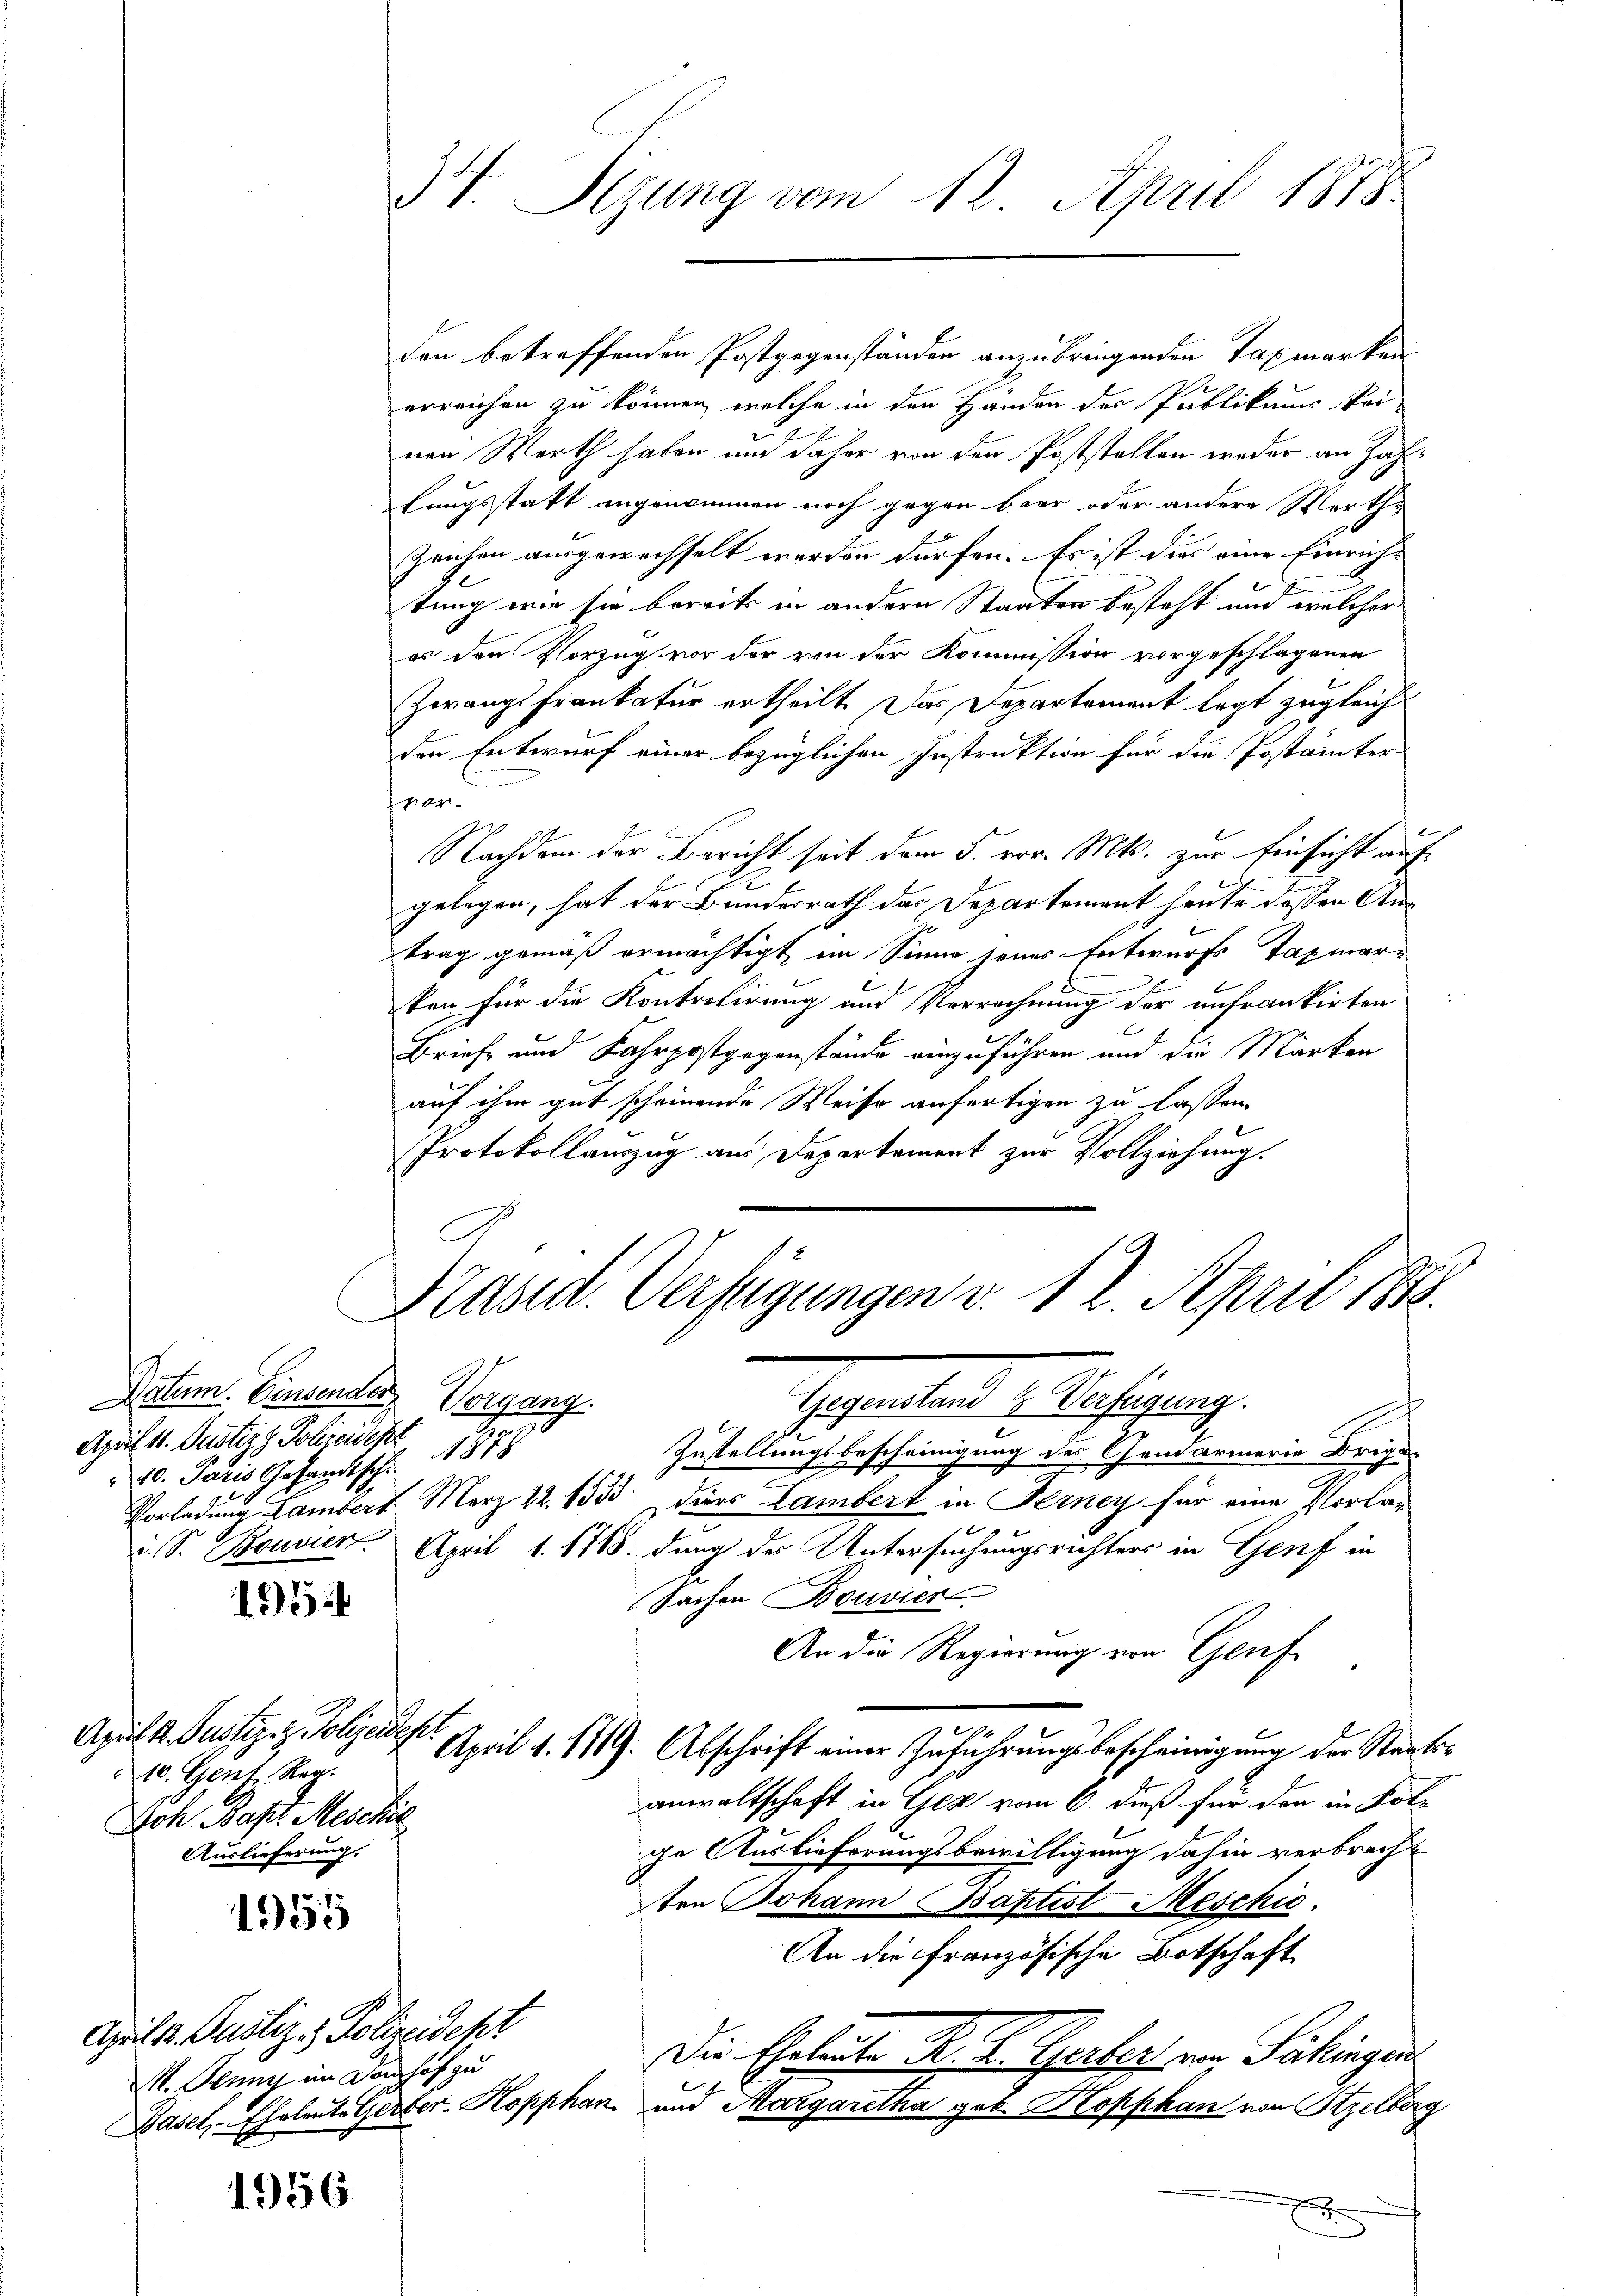
Datum. Einsender Vorgang.
April 11. Justiz & Polizeides.
10. Jaris Gesandtschi
e

12

April d. Justiz- & Polizeidep
10. Gent Reg.
Joh. Bapt. Meschil
Auslieferung.

1955

April 1. Justiz- & Polizeidekt
M. Juny im Domhof zu

1956

34. Sizung vom 12. April 1878

den betreffenden Postgegenständen anzubringenden Taxmarken
erreichen zu können, welche in den Händen des Publikums kei-
nen Werth haben und daher von den Poststellen weder an Zahfungsstatt angenommen noch gegen baar oder andere Werth-
Zeichen ausgewechselt werden dürfen. Es ist dies eine Einriche
tung wir sie bereits in andern Staaten besteht und welcher
es den Vorzug vor der von der Kommission vorgeschlagenen
Zwangsfrankatur ertheilt. Das Departement legt zugleich
den Entwurf einer bezüglichen Instruktion für die Postainter
var.
Nachdem der Bericht seit dem 5. vor. Mts. zur Einsicht aufgelegen, hat der Bundesrath das Departement heute dessen Antrag gemäß ermächtigt im Sinne jenes Entwurfs Tagmarken für die Kontrolirung und Vorrechnung der unfrankirten
Briefe und Fahrpostgegenstände einzuführen und die Marken
auf ihm gut scheinende Weise anfertigen zu lassen.
Protokollauszug aus Departement zur Vollziehung.

Präsid. Verfügungen v. 12. April 1888.

Gegenstand 4 Verfügung.
1878
Zustellungsbescheinigung der Schandarmerie Brige
Vorladung Lambert März 22. 1533 dies Lambert in Ferney für eine Vorla¬
u. S. Bouvien. April 1. 1718. durch der Untersuchungsrichters in Genf in
Sachen Bouvier
An die Regierung von Genf
 April 1. 1719 Abschrift einer Zuführŭngsbescheinigung der Staatsanwaltschaft in Gez vom 6. dieß für den in Kol-
ge Auslieferungsbewilligung dahin verbrecht
ten Johann Baptist Meschic
An die französische Botschaft
Die Eheleute K. K. Gerlor von Säkingen
Basel, Eheleute Gerber- Kopphan und Margaretha geb. Kopphan von Szelberg